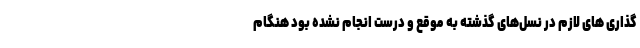
گذاری های لازم در نسل‌های گذشته به موقع و درست انجام نشده بود هنگام